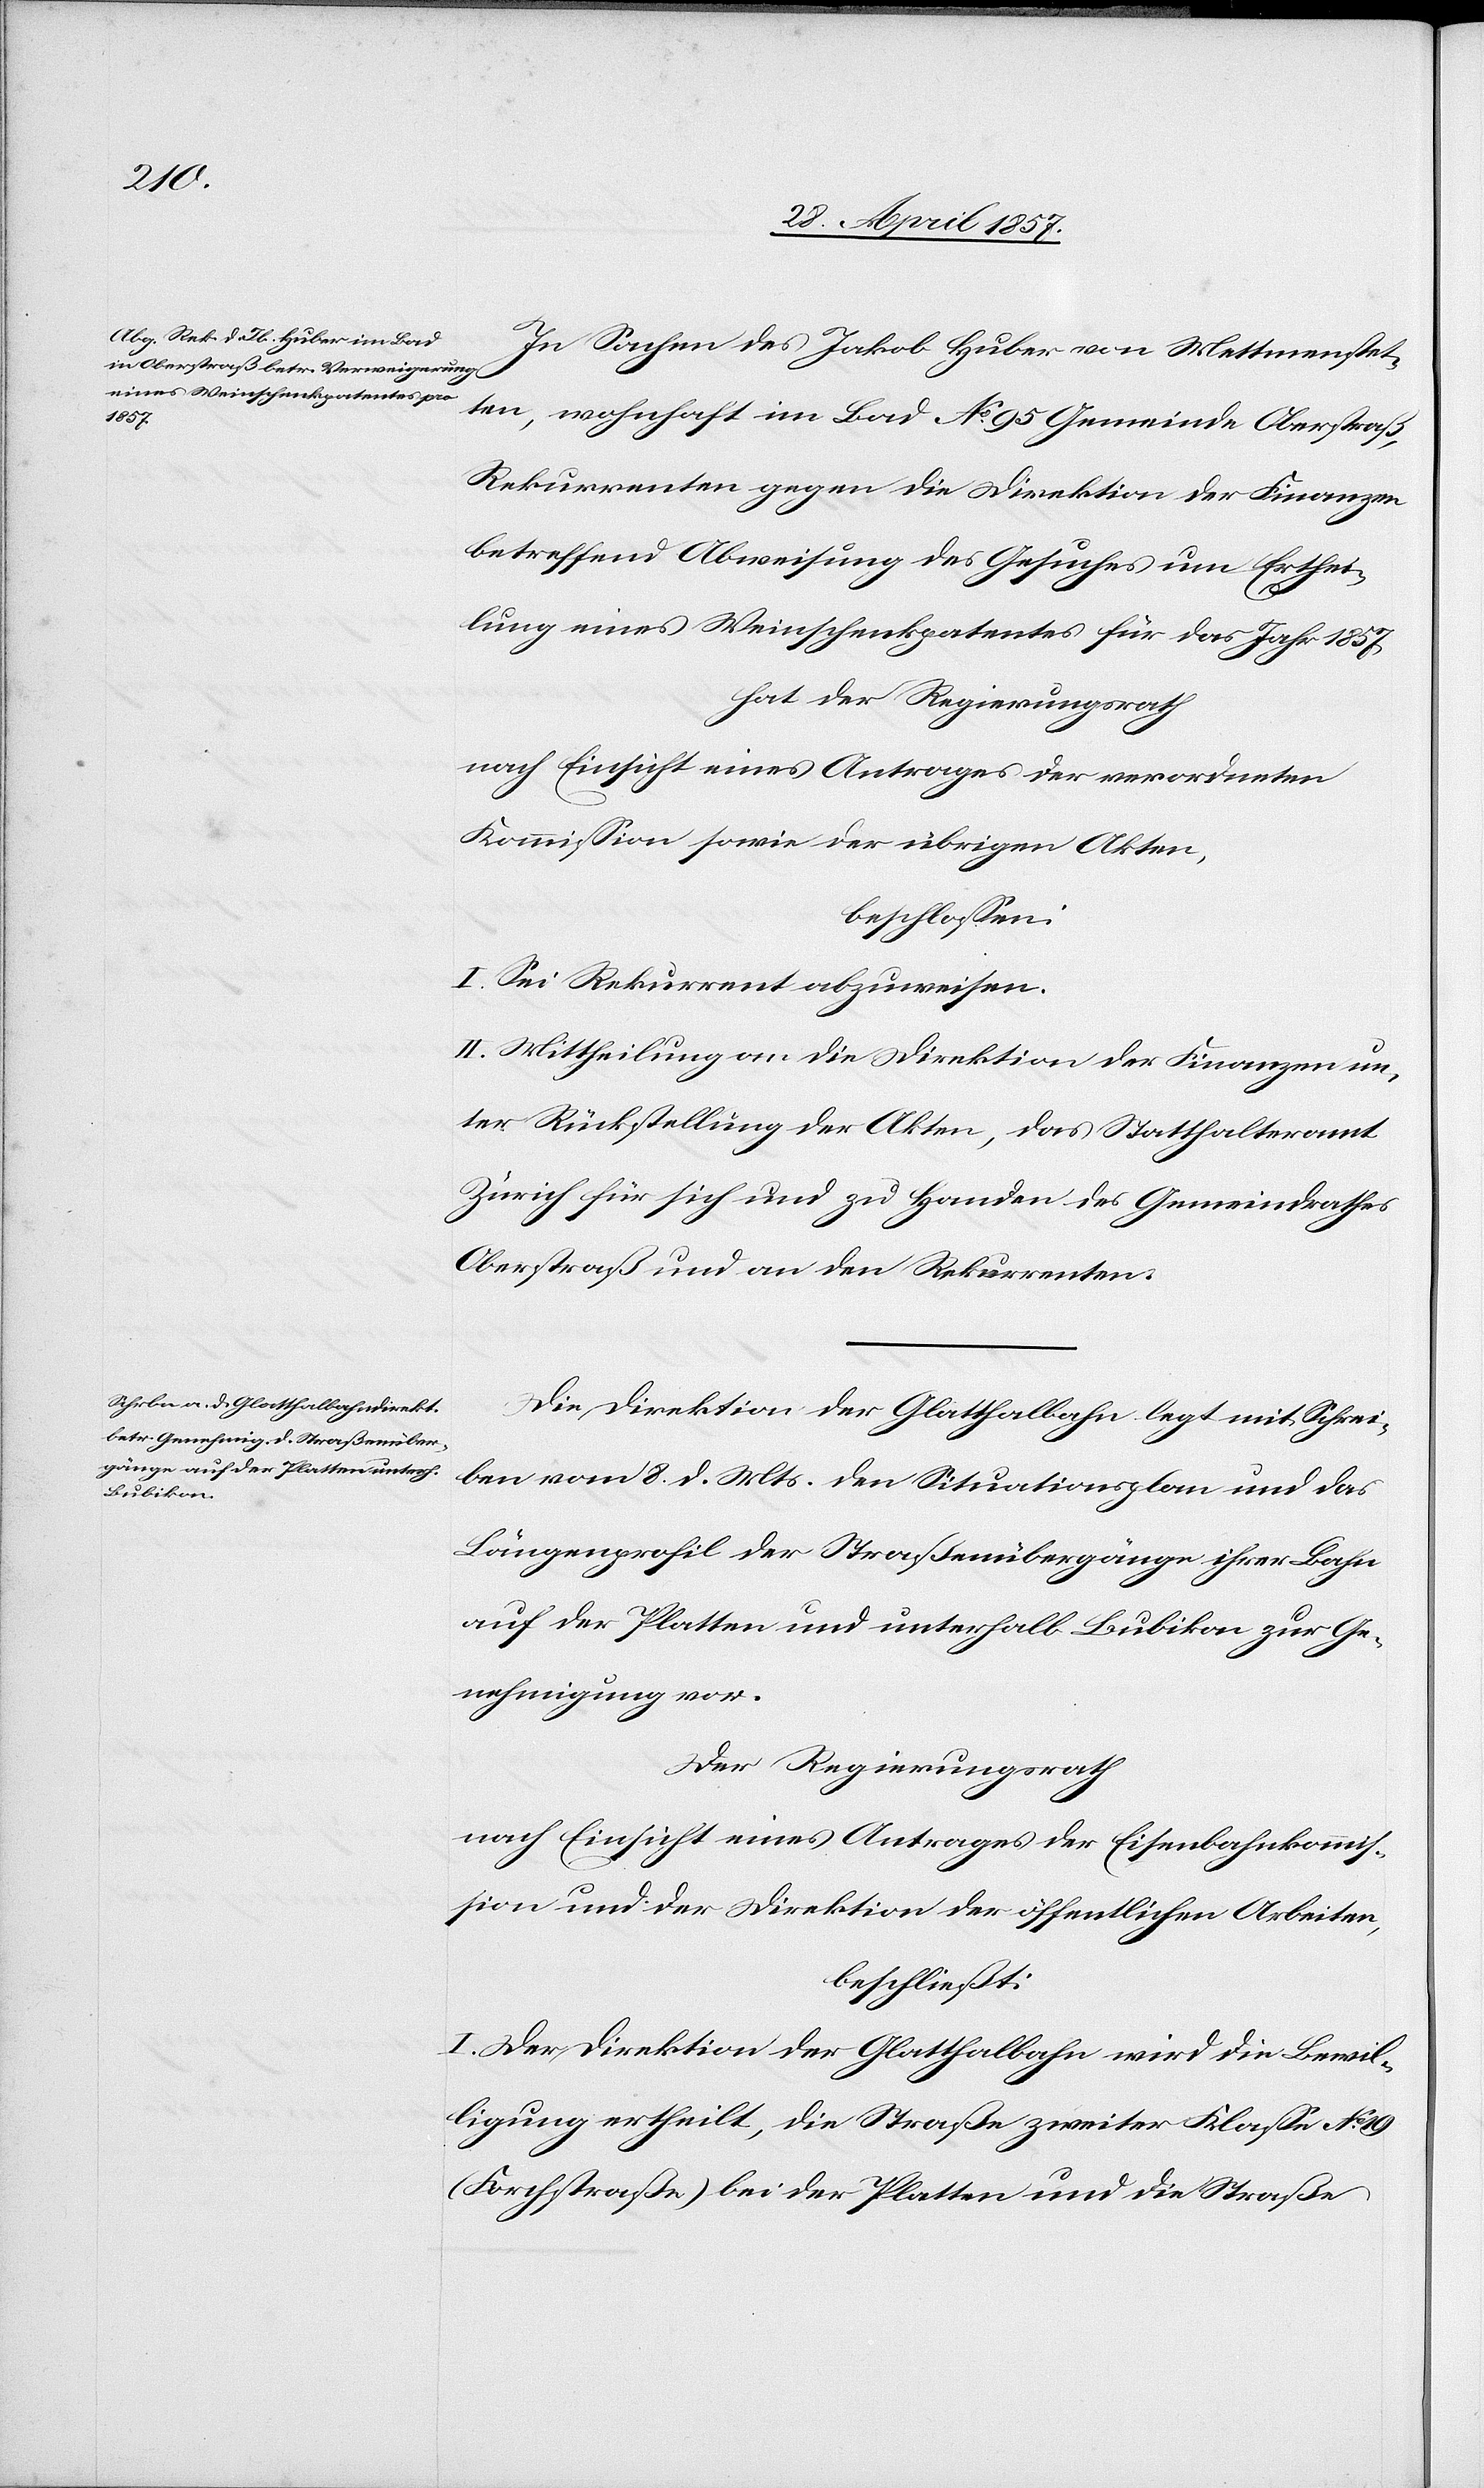
In Sachen des Jakob Huber von Mettmenstet¬
ten, wohnhaft im Bad No 95 Gemeinde Oberstraß,
Rekurrenten gegen die Direktion der Finanzen
betreffend Abweisung des Gesuches um Erthei¬
lung eines Weinschenkpatentes für das Jahr 1857
hat der Regierungsrath,
nach Einsicht eines Antrages der verordneten
Kommission sowie der übrigen Akten,
beschlossen:
I. Sei Rekurrent abzuweisen.
II. Mittheilung an die Direktion der Finanzen un¬
ter Rückstellung der Akten, das Statthalteramt
Zürich für sich und zu Handen des Gemeindrathes
Oberstraß und an den Rekurrenten.
Die Direktion der Glatthalbahn legt mit Schrei¬
ben vom 8 d. Mts. den Situationsplan und das
Längenprofil der Straßenübergänge ihrer Bahn
auf der Platten und unterhalb Bubikon zur Ge¬
nehmigung vor.
Der Regierungsrath
nach Einsicht eines Antrages der Eisenbahnkommis¬
sion und der Direktion der öffentlichen Arbeiten,
beschließt:
I. Der Direktion der Glatthalbahn wird die Bewil¬
ligung ertheilt, die Straße zweiter Klasse No 19
(Forchstraße) bei der Platten und die Straßen